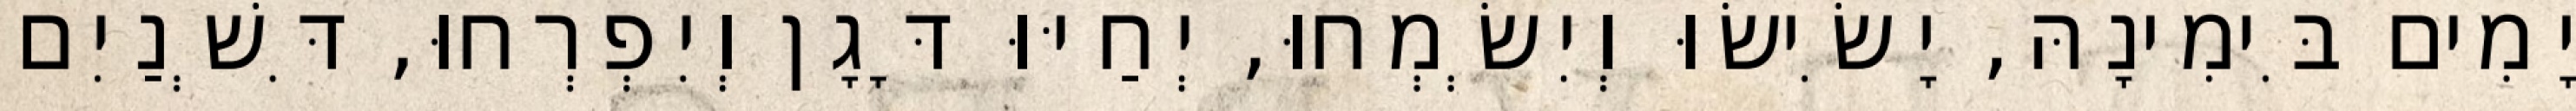
יָמִים בִּימִינָהּ, יָשִׂישׂוּ וְיִשְׂמְחוּ, יְחַיּוּ דָּגָן וְיִפְרְחוּ, דִּשְׁנַיִם